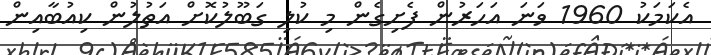
އެކަމަކު 1960 ވަނަ އަހަރުން ފެށިގެން މި ކުލި ގަބޫލުކޮށް އަތުލުން ކިއުބާއިން